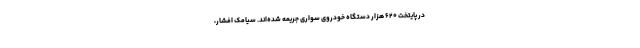
در پایتخت ۶۲۰ هزار دستگاه خودروی سواری جریمه شده‌اند. سیامک افشار،